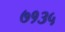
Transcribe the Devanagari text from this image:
७१३५